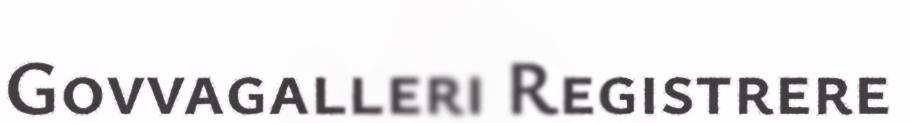
Govvagalleri Registrere